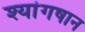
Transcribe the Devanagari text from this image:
श्यांगषान